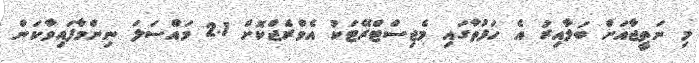
މި ނަތީޖާއަށް ބަލާއިރު އެ ހަފުތާގައި މެޖިސްޓްރޭޓަކު އެވްރެޖްކޮށް 2.1 މައްސަލަ ނިންމާފައިވާކަން